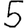
Digit: 5